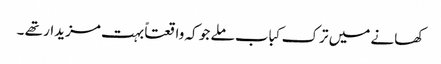
کھانے میں ترک کباب ملے جو کہ واقعتاً بہت مزیدار تھے ۔